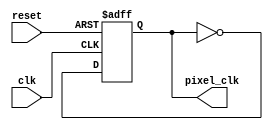
`timescale 1ns / 1ps
//////////////////////////////////////////////////////////////////////////////////
// Company: 
// 
// Design Name: 
// Module Name:    clock_25mhz 
// Project Name: Maze That Pays
// Target Devices: 
// Tool versions: 
// Description: 
//
// Dependencies: 
//
// Revision: 
// Revision 2.0 - Playable files
// Additional Comments: Responsible for implementing a 25mHz clock speed
//
//////////////////////////////////////////////////////////////////////////////////
module clock_25mhz(
    input clk,
	 input reset,
    output reg pixel_clk
);
	 
always @(posedge clk or negedge reset)
begin
	if(!reset)
		pixel_clk = 0;
	else
		pixel_clk = ~pixel_clk;					// Divide clock to 25mHz
end

endmodule